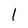
Character: l